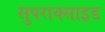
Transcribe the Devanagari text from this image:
सुपराक्साइड